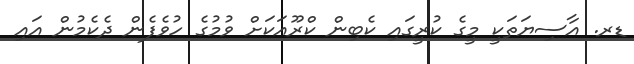
ޑރ. އާސިޔަތަކީ މީގެ ކުރީގައި ކެބިން ކްރޫއަކަށް ވުމުގެ ހުވެފެން ދެކެމުން އައި